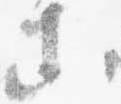
等